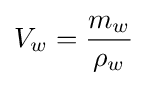
V_{w}={\frac {m_{w}}{\rho _{w}}}